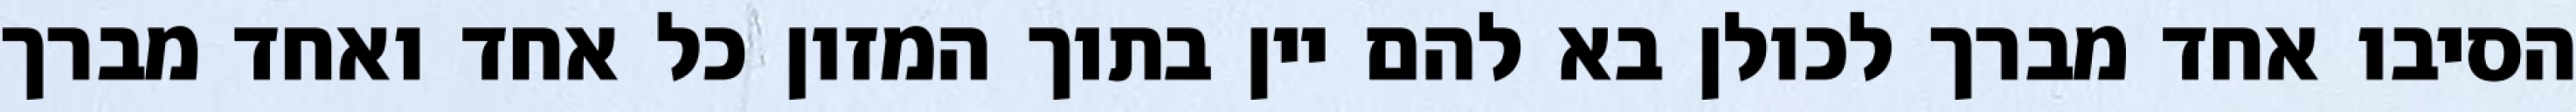
הסיבו אחד מברך לכולן בא להם יין בתוך המזון כל אחד ואחד מברך